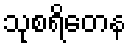
သုစရိတေန